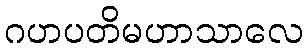
ဂဟပတိမဟာသာလေ